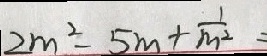
2 m ^ { 2 } - 5 m + \frac { 1 } { m ^ { 2 } } =